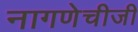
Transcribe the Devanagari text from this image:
नागणेचीजी